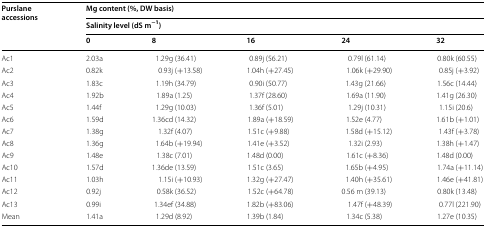
<table><thead><tr><td rowspan="3"><b>Purslane accessions</b></td><td colspan="5"><b>Mg content (%, DW basis)</b></td></tr><tr><td colspan="5"><b>Salinity level (dS m<sup>−1</sup>)</b></td></tr><tr><td><b>0</b></td><td><b>8</b></td><td><b>16</b></td><td><b>24</b></td><td><b>32</b></td></tr></thead><tbody><tr><td>Ac1</td><td>2.03a</td><td>1.29g (36.41)</td><td>0.89j (56.21)</td><td>0.79l (61.14)</td><td>0.80k (60.55)</td></tr><tr><td>Ac2</td><td>0.82k</td><td>0.93j (+13.58)</td><td>1.04h (+27.45)</td><td>1.06k (+29.90)</td><td>0.85j (+3.92)</td></tr><tr><td>Ac3</td><td>1.83c</td><td>1.19h (34.79)</td><td>0.90i (50.77)</td><td>1.43g (21.66)</td><td>1.56c (14.44)</td></tr><tr><td>Ac4</td><td>1.92b</td><td>1.89a (1.25)</td><td>1.37f (28.60)</td><td>1.69a (11.90)</td><td>1.41g (26.30)</td></tr><tr><td>Ac5</td><td>1.44f</td><td>1.29g (10.03)</td><td>1.36f (5.01)</td><td>1.29j (10.31)</td><td>1.15i (20.6)</td></tr><tr><td>Ac6</td><td>1.59d</td><td>1.36cd (14.32)</td><td>1.89a (+18.59)</td><td>1.52e (4.77)</td><td>1.61b (+1.01)</td></tr><tr><td>Ac7</td><td>1.38g</td><td>1.32f (4.07)</td><td>1.51c (+9.88)</td><td>1.58d (+15.12)</td><td>1.43f (+3.78)</td></tr><tr><td>Ac8</td><td>1.36g</td><td>1.64b (+19.94)</td><td>1.41e (+3.52)</td><td>1.32i (2.93)</td><td>1.38h (+1.47)</td></tr><tr><td>Ac9</td><td>1.48e</td><td>1.38c (7.01)</td><td>1.48d (0.00)</td><td>1.61c (+8.36)</td><td>1.48d (0.00)</td></tr><tr><td>Ac10</td><td>1.57d</td><td>1.36de (13.59)</td><td>1.51c (3.65)</td><td>1.65b (+4.95)</td><td>1.74a (+11.14)</td></tr><tr><td>Ac11</td><td>1.03h</td><td>1.15i (+10.93)</td><td>1.32g (+27.47)</td><td>1.40h (+35.61)</td><td>1.46e (+41.81)</td></tr><tr><td>Ac12</td><td>0.92j</td><td>0.58k (36.52)</td><td>1.52c (+64.78)</td><td>0.56 m (39.13)</td><td>0.80k (13.48)</td></tr><tr><td>Ac13</td><td>0.99i</td><td>1.34ef (34.88)</td><td>1.82b (+83.06)</td><td>1.47f (+48.39)</td><td>0.77l (221.90)</td></tr><tr><td>Mean</td><td>1.41a</td><td>1.29d (8.92)</td><td>1.39b (1.84)</td><td>1.34c (5.38)</td><td>1.27e (10.35)</td></tr></tbody></table>